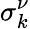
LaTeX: \sigma_{k}^{\nu}